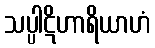
သပ္ပါဋိဟာရိယာဟံ